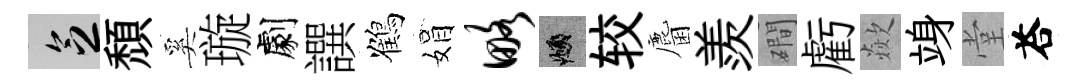
乏頹奚璇劇譔鶴娟略頫较麕羨磵虧歘竧堂荅